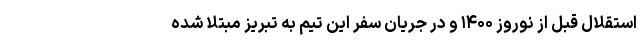
استقلال قبل از نوروز ۱۴۰۰ و در جریان سفر این تیم به تبریز مبتلا شده